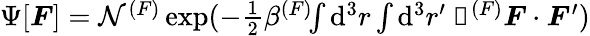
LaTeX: \begin{array}{r}{\Psi[\boldsymbol{F}]=\mathcal{N}^{(F)}\exp(-\frac{1}{2}\beta^{(F)}\! \! \int\mathrm{d}^{3}r\int\mathrm{d}^{3}r^{\prime}~\mathbfscr{K}^{(F)}\boldsymbol{F}\cdot\boldsymbol{F}^{\prime})}\end{array}